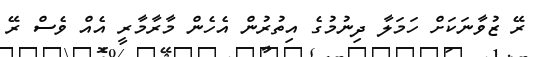
ރޭ ޒުވާނަކަށް ހަމަލާ ދިނުމުގެ އިތުރުން އެހެން މާރާމާރީ އެއް ވެސް ރޭ